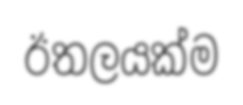
ඊතලයක්ම